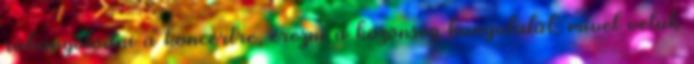
ráhangolódni a koncertre, érezni a közönség hangulatát, mivel velük